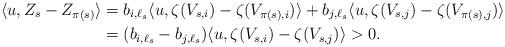
LaTeX: \begin{align*}\langle u , Z_s - Z_{\pi(s)} \rangle &= b_{i,\ell_s} \langle u , \zeta(V_{s,i}) - \zeta(V_{\pi(s),i}) \rangle + b_{j,\ell_s} \langle u , \zeta(V_{s,j}) - \zeta(V_{\pi(s),j}) \rangle \\&= (b_{i,\ell_s} - b_{j,\ell_s})\langle u , \zeta(V_{s,i}) - \zeta(V_{s,j}) \rangle > 0.\end{align*}